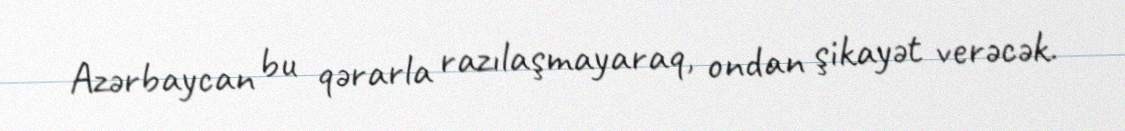
Azərbaycan bu qərarla razılaşmayaraq, ondan şikayət verəcək.